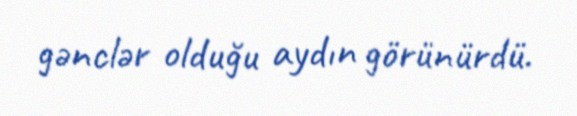
gənclər olduğu aydın görünürdü.